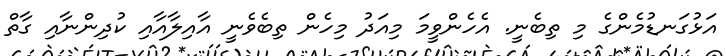
އަޅުގަނޑުމެންގެ މި ތިބެނީ. އެހެންވީމަ މިއަދު މިހެން ތިބެވެނީ އާއިލާއާއި ކުދިންނާއި ގާތް